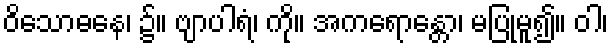
ဝိသောဓနေ၊ ၌။ ဗျာပါရံ၊ ကို။ အကရောန္တော၊ မပြုမူ၍။ ဝါ၊